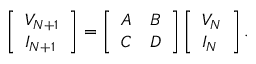
\left[ \begin{array} { l } { V _ { N + 1 } } \\ { I _ { N + 1 } } \end{array} \right] = \left[ \begin{array} { l l } { A } & { B } \\ { C } & { D } \end{array} \right] \left[ \begin{array} { l } { V _ { N } } \\ { I _ { N } } \end{array} \right] .